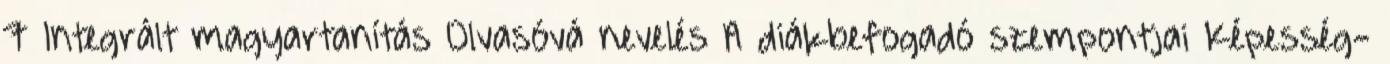
7 Integrált magyartanítás Olvasóvá nevelés A diákbefogadó szempontjai Képesség-